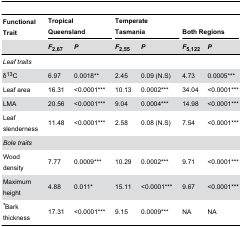
| Functional Trait | <COLSPAN=2> Tropical Queensland | <COLSPAN=2> Temperate Tasmania | <COLSPAN=2> Both Regions |
 |  | F2,67 | P | F2,55 | P | F5,122 | P |
 | --- | --- | --- | --- | --- | --- | --- |
 | Leaf traits |  |  |  |  |  |  |
 | δ13C | 6.97 | 0.0018** | 2.45 | 0.09 (N.S) | 4.73 | 0.0005*** |
 | Leaf area | 16.31 | <0.0001*** | 10.13 | 0.0002*** | 34.04 | <0.0001*** |
 | LMA | 20.56 | <0.0001*** | 9.04 | 0.0004*** | 14.98 | <0.0001*** |
 | Leaf slenderness | 11.48 | <0.0001*** | 2.58 | 0.08 (N.S) | 7.54 | <0.0001*** |
 | Bole traits |  |  |  |  |  |  |
 | Wood density | 7.77 | 0.0009*** | 10.29 | 0.0002*** | 9.71 | <0.0001*** |
 | Maximum height | 4.88 | 0.011* | 15.11 | <0.0001*** | 9.67 | <0.0001*** |
 | *Bark thickness | 17.31 | <0.0001*** | 9.15 | 0.0009*** | NA | NA |